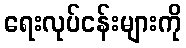
ရေးလုပ်ငန်းများကို